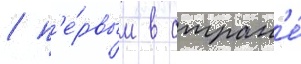
/ п'е́рвым в стран'е́